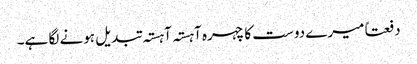
دفعتاً میرے دوست کا چہرہ آہستہ آہستہ تبدیل ہونے لگا ہے۔